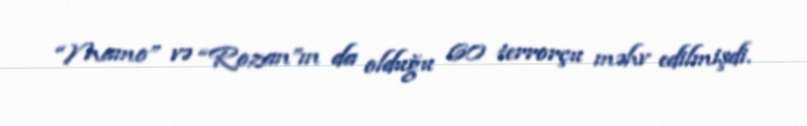
“Mamo” və “Rozan”ın da olduğu 60 terrorçu məhv edilmişdi.